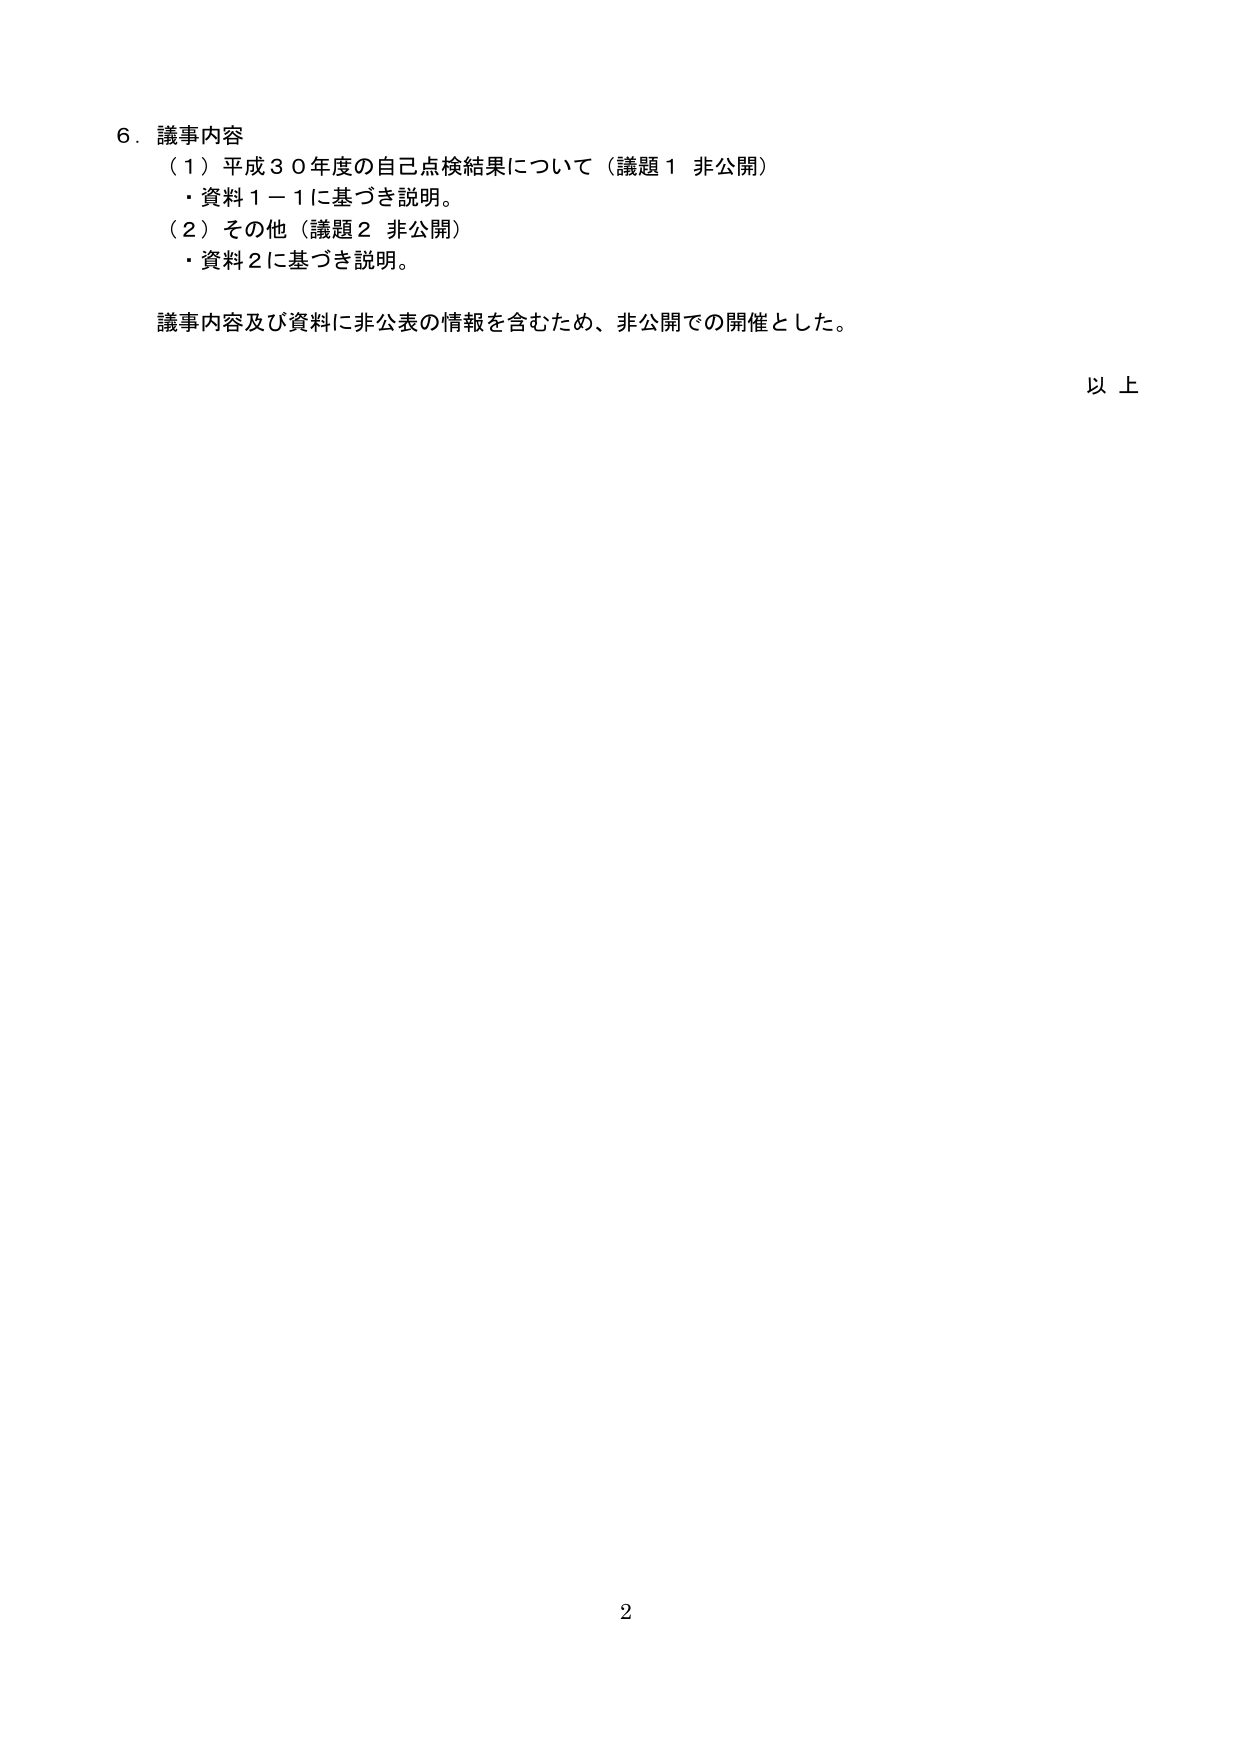
6. 議事内容
（1）平成30年度の自己点検結果について（議題1 非公開）
・資料1－1に基づき説明。
（2）その他（議題2 非公開）
・資料2に基づき説明。

議事内容及び資料に非公表の情報を含むため、非公開での開催とした。

以上

2